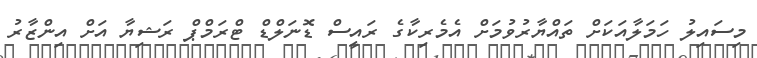
މިސައިލު ހަމަލާއަކަށް ތައްޔާރުވުމަށް އެމެރިކާގެ ރައީސް ޑޮނަލްޑް ޓްރަމްޕް ރަޝިޔާ އަށް އިންޒާރު